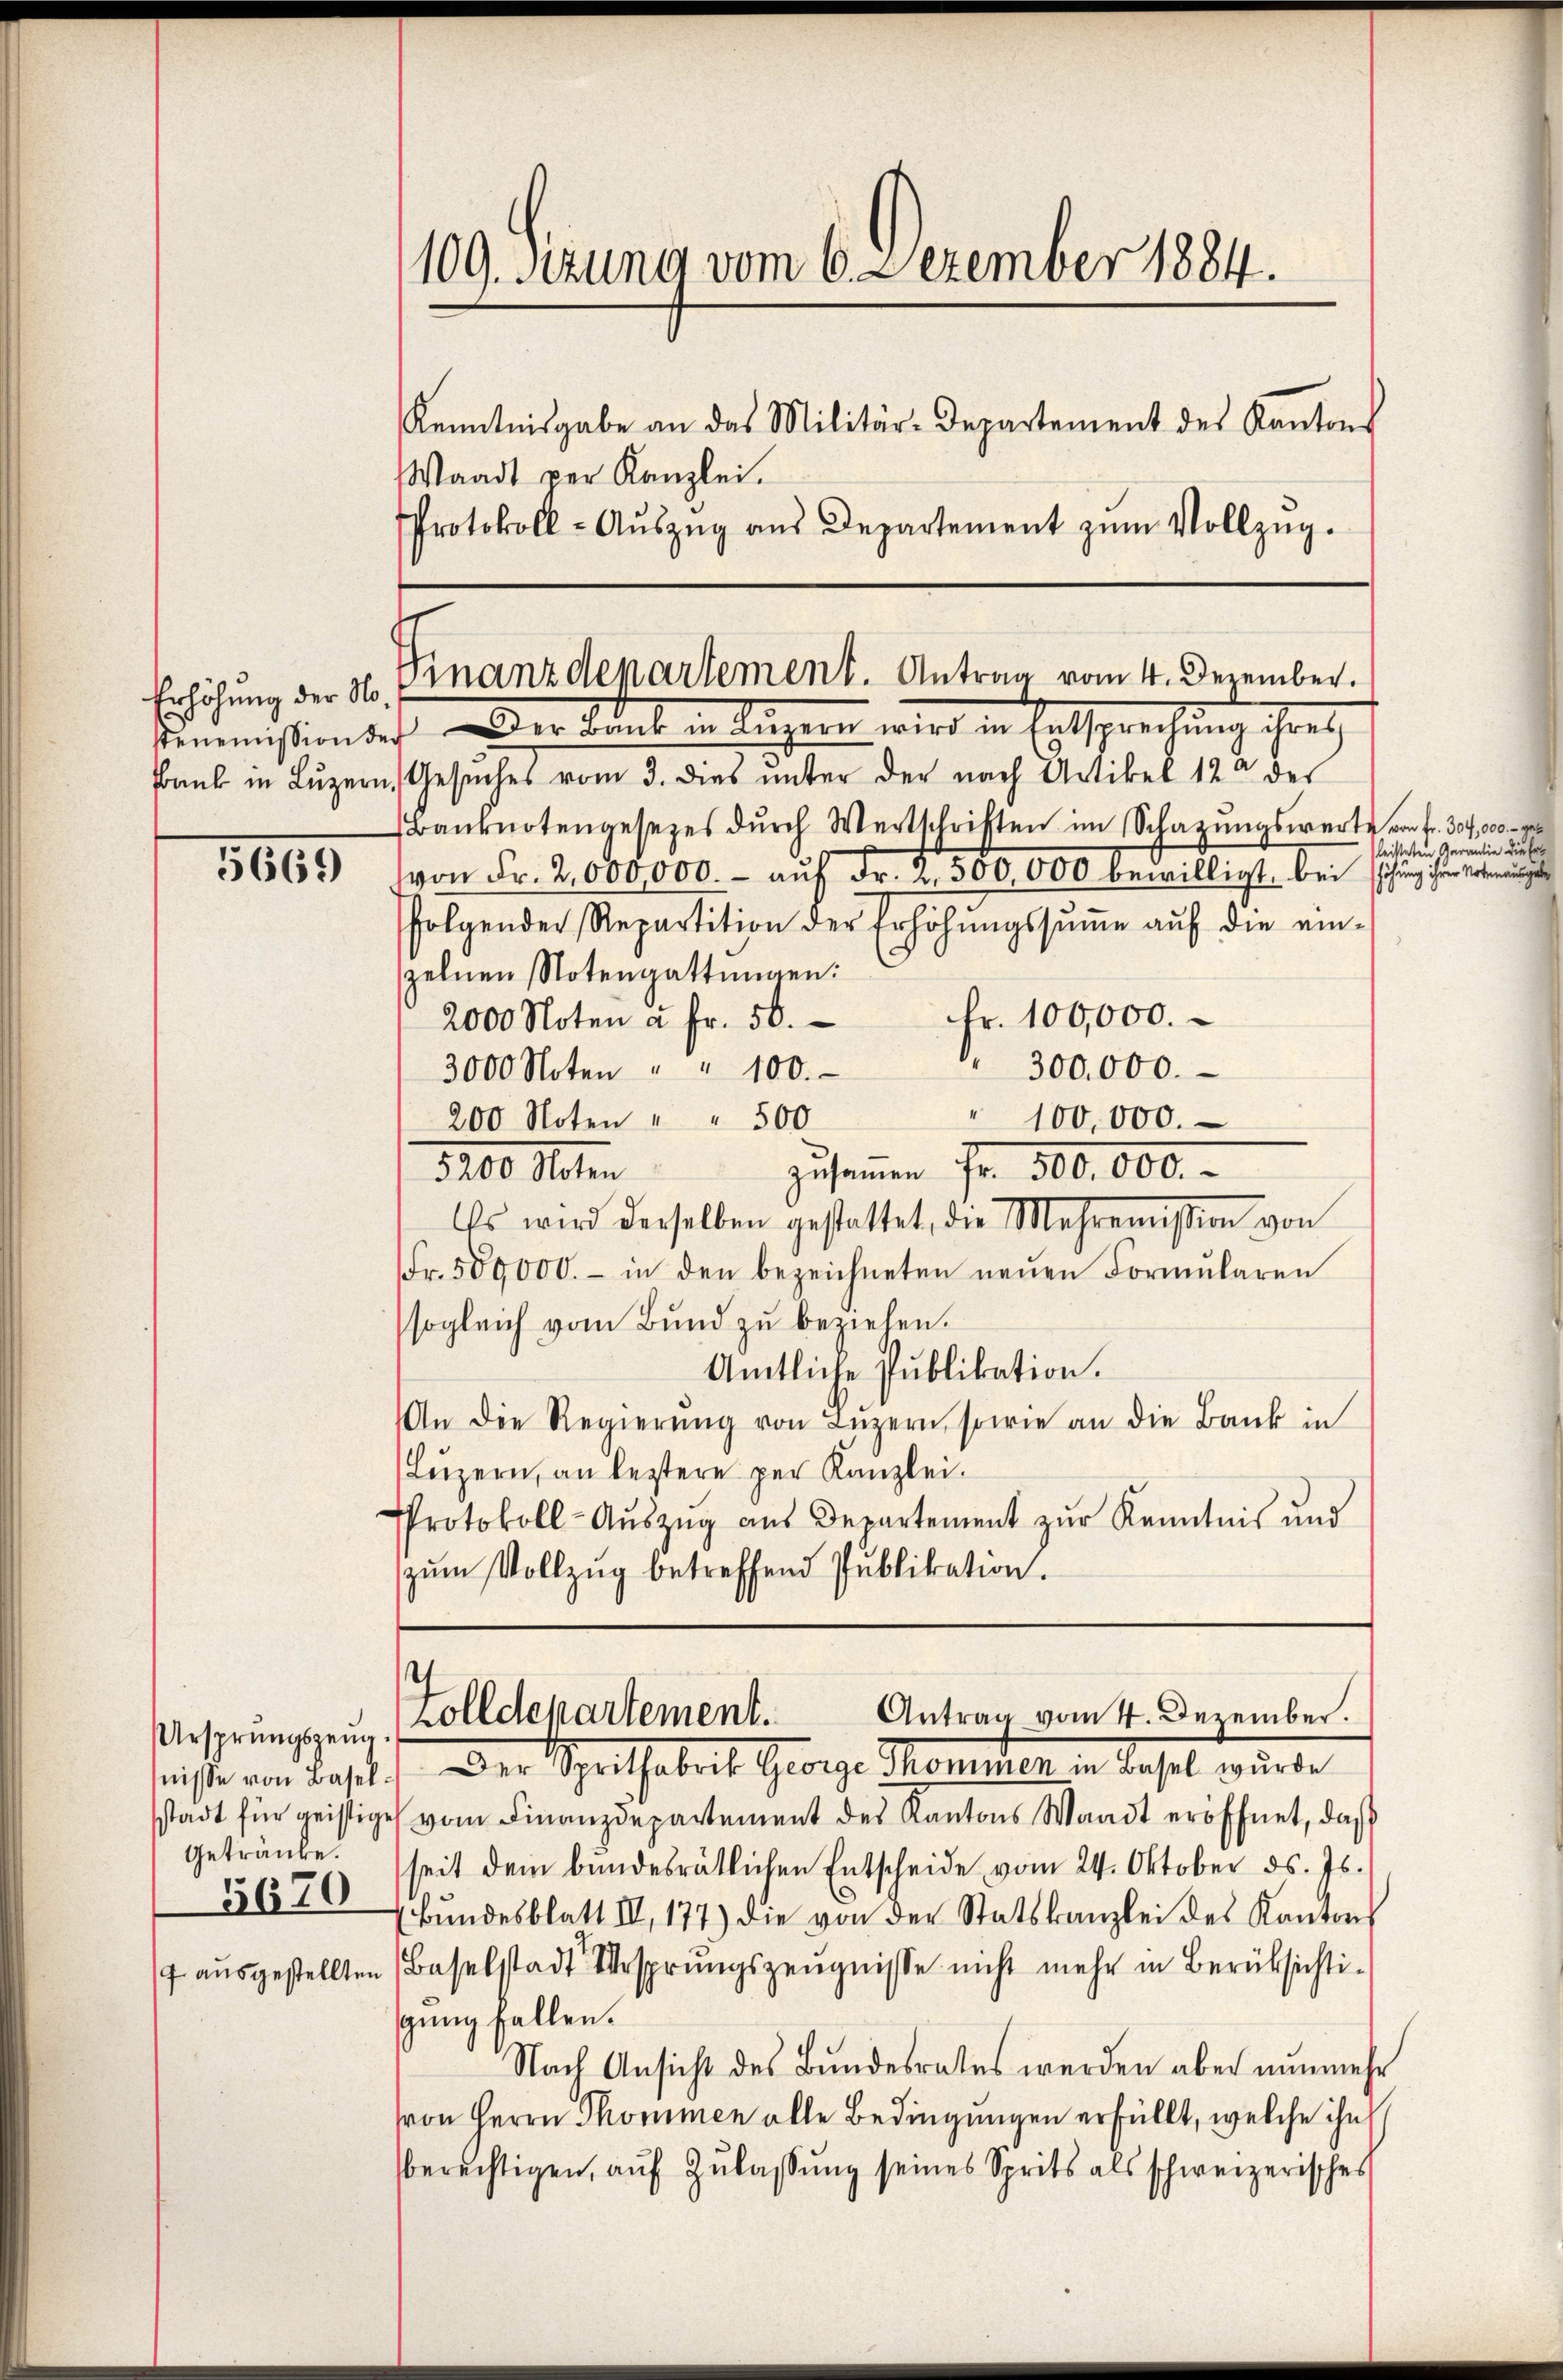
Erhöhung der No

5665

Ursprungszeug.
Getränke.
5670

109. Sitzung vom 6. Dezember 1884.
Kenntnisgabe an das Militär-Departement des Kantons
Waadt per Kanzlei.
Protokoll- Aŭszŭg aŭs Departement zŭm Vollzŭg.

Finanzdepartement. Antrag vom 4. Dezember.
sommißion dich der Bank in Liegern wird in Entsprechung ihres

bank in Lŭzern, Gesŭches vom 3. dies ŭnter der nach Artikel 122 des
Banknotengesezes dŭrch Wertschriften im Schazungswerte von fr. 30,000 -
von Fr. 2,000,000. - auf Fr. 2. 500,000 bewilligt, bei schung ihrer Verkennungen
folgender Repartition der Erhöhŭngssŭṁe aŭf die ein-
zelnen Notengattungen:
Fr. 100,000.
2000 Noten à Fr. 56.
300,000.
3000 Noten " " 100.
" 100,000.
200 Noten " " 500
3200. Peten zusammen Fr. 300.000.-
Es wird derselben gestattet, die Mehreṁission von
Fr. 509000.- in den bezeichneten neŭen Formŭlaren
sogleich vom Bund zu beziehen.
Amtliche Publikation.
An die Regierŭng von Lŭzern, sowie an die Bank in
(Luzern, an leztere per Kanzlei.
Protokoll-Aŭszŭg aŭs Departement zŭr Kenntnis und
zŭm Vollzug betreffend Publikation.
Antrag vom 4. Dezember.
Zolldepartement.
tniße von Basel. Der Spritfabrik George Skommen in Basel wurde
stadt für geistige vom Finanzdepartement des Kantons Waadt eröffnet, daß
seit dem bundesrätlichen Entscheide vom 24. Oktober ds. Js.
Bŭndesblatt III, 177) die von der Statskanzlei des Kantons
17 ausgestellten Baselstadt Ursprungszeugnisse nicht mehr in Berüksichtigung fallen.
Nach Ansicht des Bundesrates werden aber nunmehr
von Herrn Thommen alle Bedingungen erfüllt, welche ihn
berechtigen, aŭf Zŭlassŭng seines Sprits als schweizerisches

leisteten Garantie die Er¬